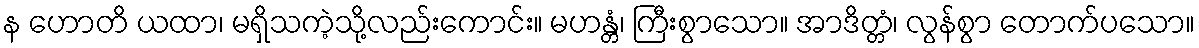
န ဟောတိ ယထာ၊ မရှိသကဲ့သို့လည်းကောင်း။ မဟန္တံ၊ ကြီးစွာသော။ အာဒိတ္တံ၊ လွန်စွာ တောက်ပသော။